Report on sanitation, dispensaries, and jails in Rajputana for 1913, and on vaccination for the year 1913-1914 - 1913-1914
Year: 1913
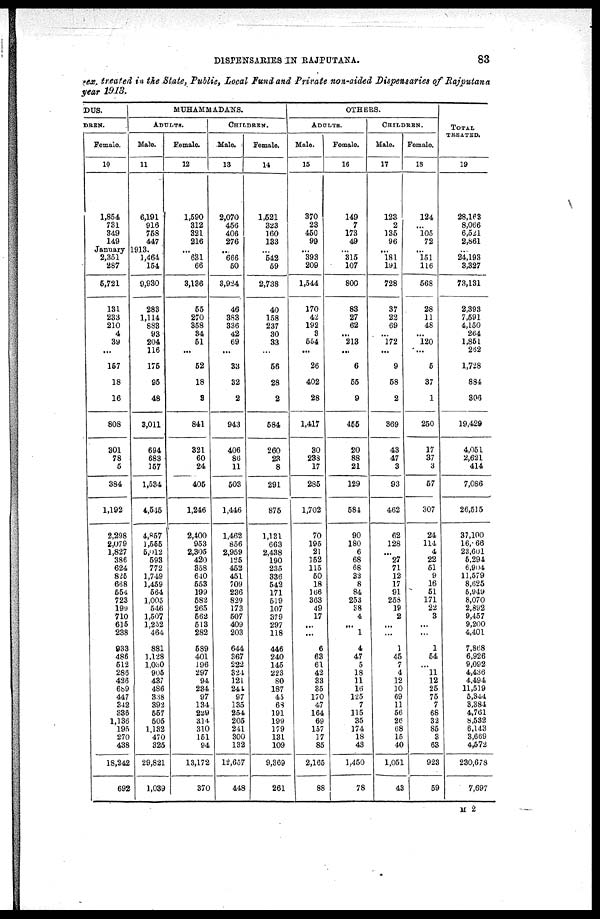
DISPENSARIES IN RAJPUTANA.
83
sex, treated in the State, Public, Local Fund and Private non-aided Dispensaries of Rajputana
year 1913.
DUS.
DREN.
Female.
10
1,854
731
349
149
January
2,351
287
5,721
131
233
210
4
39
...
157
18
16
808
301
78
5
384
1,192
2,298
2,079
1,827
386
624
825
668
554
723
199
710
615
238
933
486
512
286
426
689
447
342
336
1,136
195
270
438
18,242
692
MUHAMMADANS.
ADULTS.
Male.
11
6,191
916
758
447
1913.
1,464
154
9,930
283
1,114
883
93
204
116
175
95
48
3,011
694
683
157
1,534
4,545
4,857
1,555
5,012
593
772
1,749
1,459
564
1,005
546
1,507
1,252
464
881
1,128
1,030
905
437
486
338
392
557
505
1,132
470
325
29,821
1,039
Female.
12
1,590
312
321
216
...
631
66
3,136
55
270
358
34
51
...
52
18
3
841
321
60
24
405
1,246
2,400
953
2,305
420
358
640
553
199
582
265
562
513
282
589
401
196
297
94
234
97
134
229
314
310
151
94
13,172
370
CHILDREN.
Male.
13
2,070
456
406
276
...
666
50
3,924
46
383
336
42
69
...
33
32
2
943
406
86
11
503
1,446
1,462
856
2,959
125
452
451
709
236
829
173
507
409
203
644
367
222
324
121
244
97
135
254
205
241
300
132
12,657
448
Female.
14
1,521
323
160
133
...
542
59
2,738
40
158
237
30
33
...
56
28
2
584
260
23
8
291
875
1,131
663
2,438
190
235
336
542
171
519
107
379
297
118
446
240
145
223
80
187
45
68
191
199
179
131
109
9,369
261
OTHERS.
ADULTS.
Male.
15
370
23
450
99
...
393
209
1,544
170
42
192
3
554
...
26
402
28
1,417
30
238
17
285
1,702
70
195
21
152
115
50
18
166
363
49
17
...
...
6
63
61
42
33
35
170
47
164
69
157
17
85
2,165
88
Female.
16
149
7
173
49
...
315
107
800
83
27
62
...
213
...
6
55
9
455
20
88
21
129
584
90
180
6
68
68
32
8
84
253
38
4
...
1
4
47
5
18
11
16
125
7
115
35
174
18
43
1,450
78
CHILDREN.
Male.
17
123
2
135
96
...
181
191
728
37
22
69
...
172
...
9
58
2
369
43
47
3
93
462
62
128
...
27
71
12
17
91
258
19
2
...
...
1
45
7
4
12
10
69
11
56
26
68
15
40
1,051
43
Female.
18
124
...
105
72
...
151
116
568
28
11
48
...
120
...
5
37
1
250
17
37
3
57
307
24
114
4
22
51
9
16
51
171
22
3
...
...
1
54
...
11
12
25
75
7
68
33
85
3
63
923
59
TOTAL
TREATED.
19
28,163
8,066
6,521
2,861
...
24,193
3,327
73,131
2,393
7,591
4,150
264
1,851
262
1,728
884
306
19,429
4,051
2,621
414
7,086
26,515
37,100
16,866
23,601
5,294
6,904
11,579
8,625
5,949
8,070
2,892
9,457
9,200
4,401
7,868
6,926
9,092
4,436
4,494
11,519
5,344
3,384
4,761
8,532
6,143
3,669
4,572
230,678
7,697
M 2